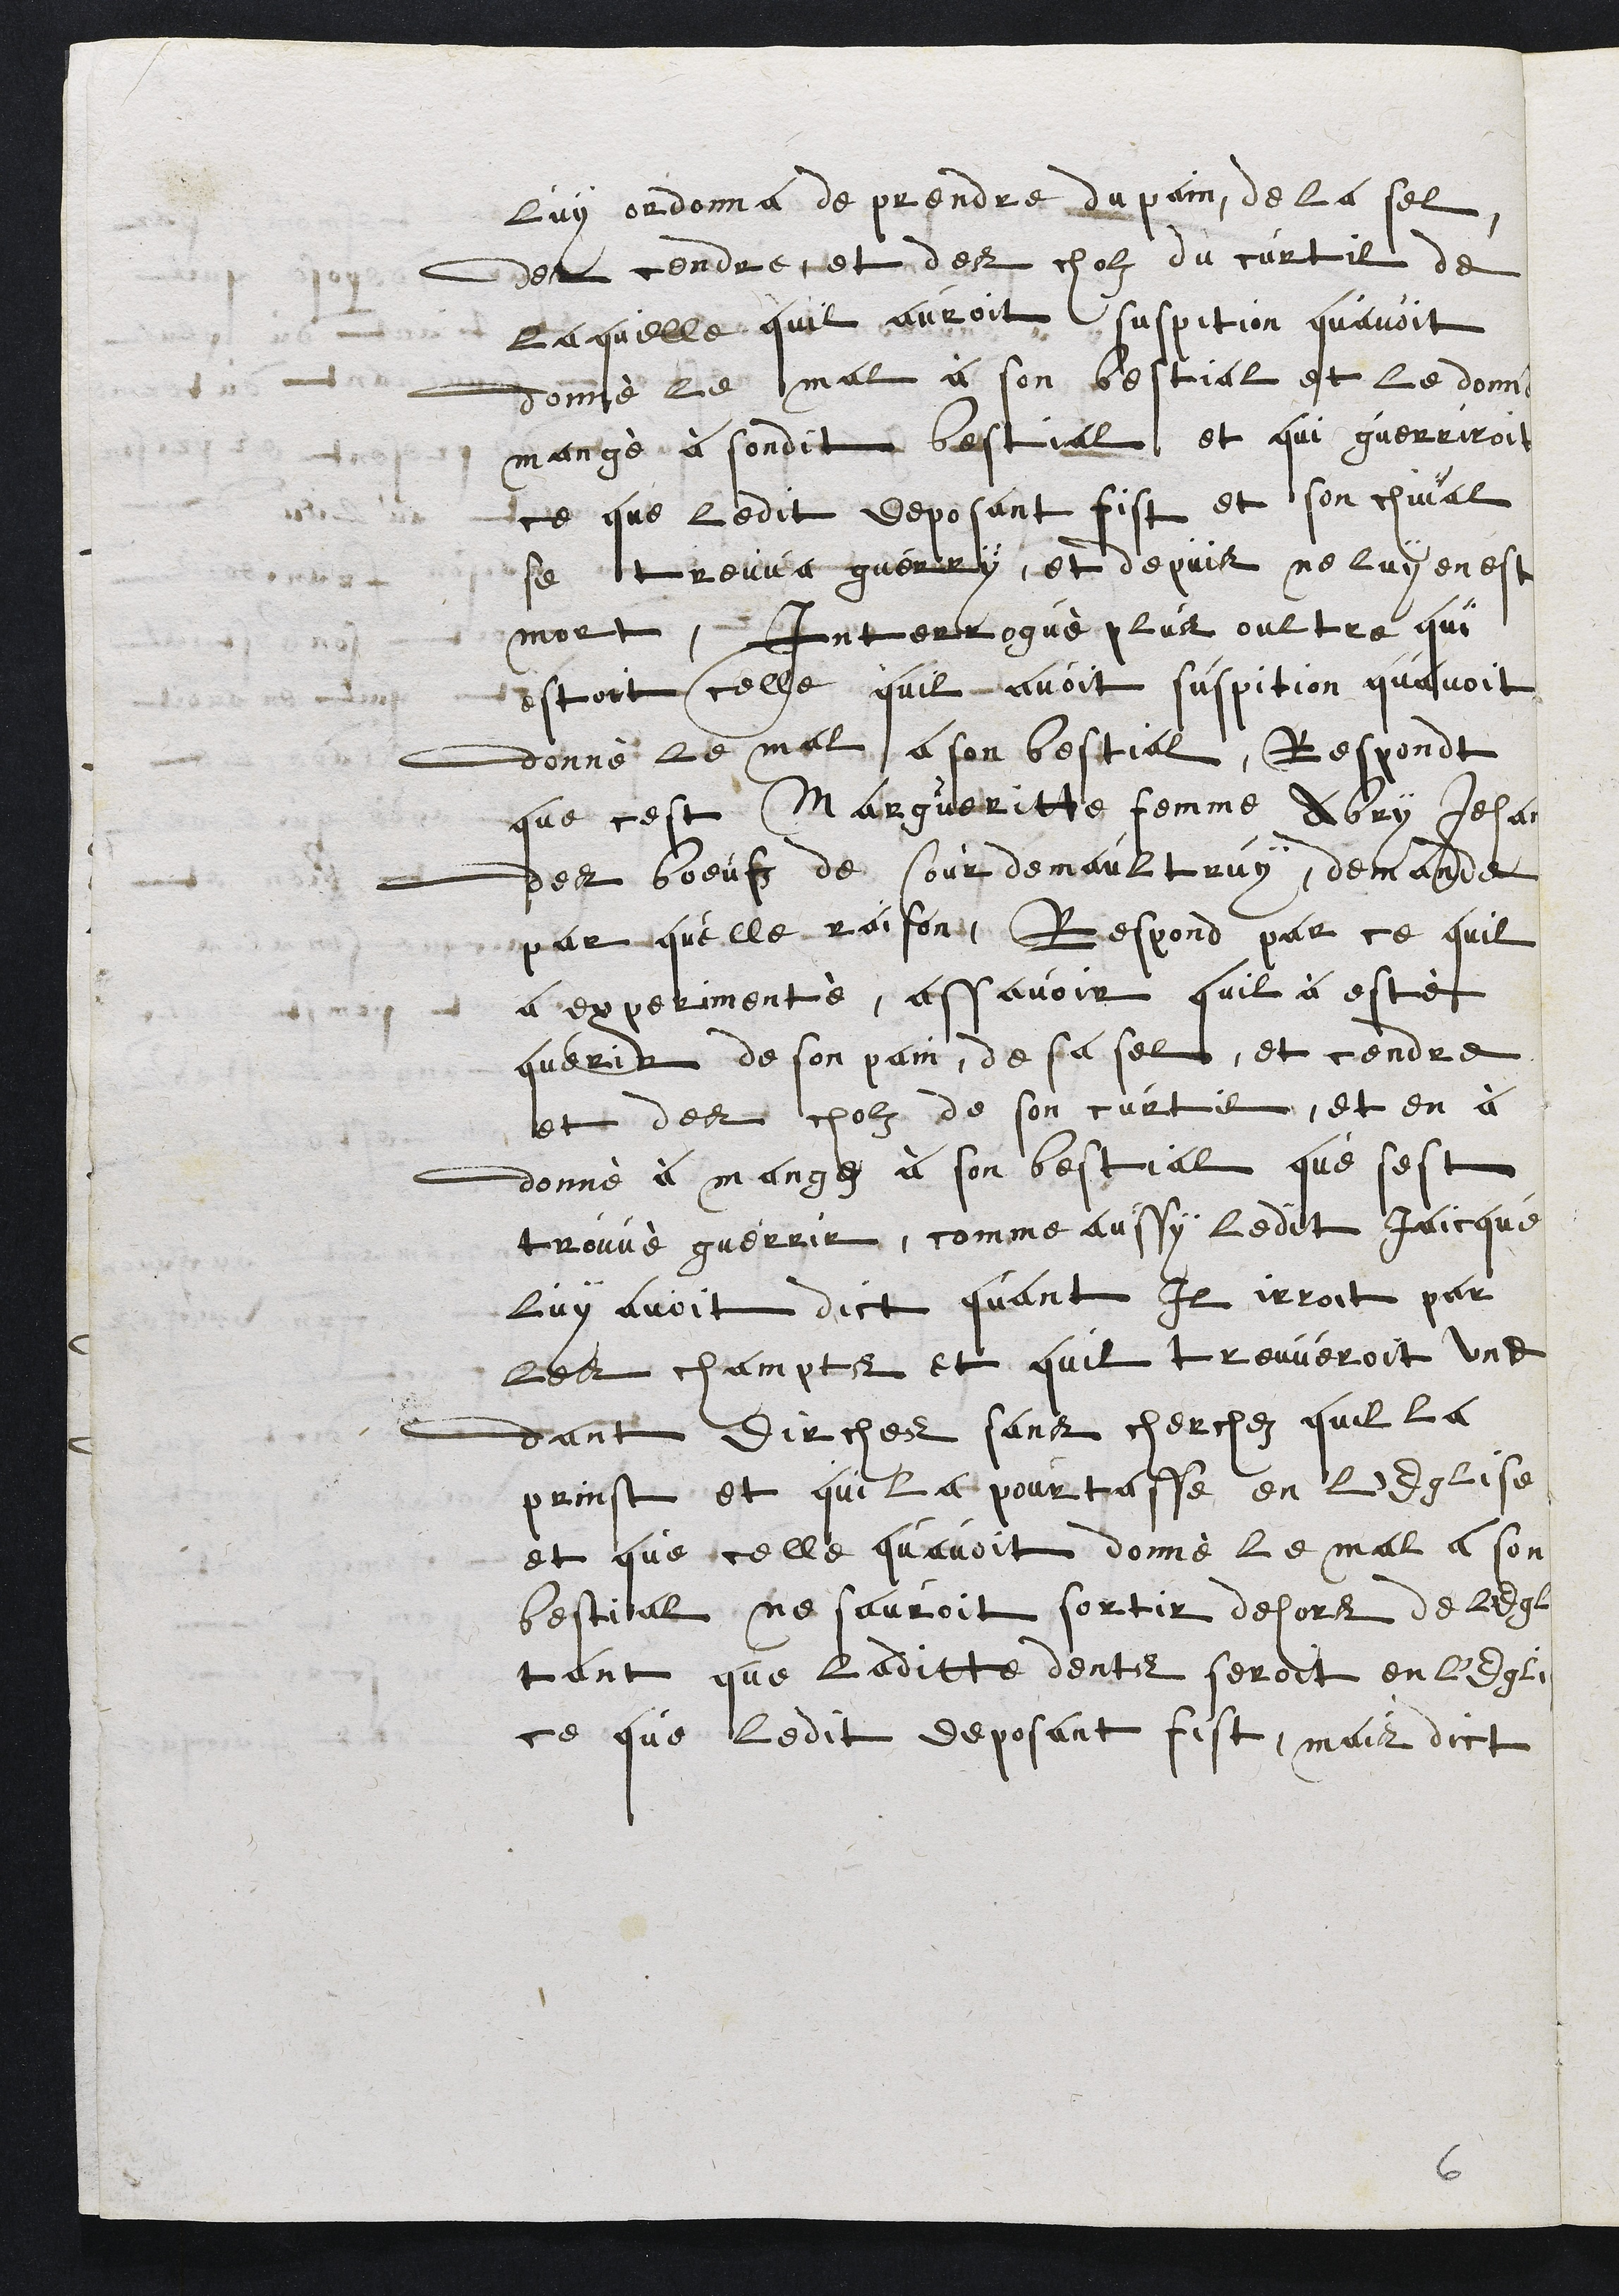
luy ordonna de prendre du pain, de la sel,
des cendre et des cholz du curtil de
laquelle quil auroit suspition quavoit
donné le mal à son bestial est le donné
mangé à sondit bestial, et qui guerriroit
ce que ledit deposant fist et son chival
se treuva guerry, et depuis ne luy en est
mort, Interrogué plus oultre qui
estoit celle quil avoit suspition quavoit
donné le mal a son bestial, Respondt
que cest Margueritte femme Abry Jehan
des boeufz de Courdemaultruy, demande
par quelle raisons, Respond par ce quil
a experimenté, assavoir quil à esté
querir de son pain, de sa sel, et cendre
et des cholz de son curtil, et en à
donné à mangez à son bestial que sest
trouvé guerrir, comme aussy ledit Jaicque
luy avoit dict quant Il irroit par
les champts et quil treuveroit une
dant dirches sans cherchez quil la
prinst et qui la pourtasse en l'Eglise
et que celle quavoit donné le mal a son
bestial, ne sauroit sortir dehors de l'Eglise
tant que laditte dents seroit en l'Eglise
ce que ledit deposant fist, mais dict

6